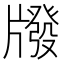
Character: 𤗳